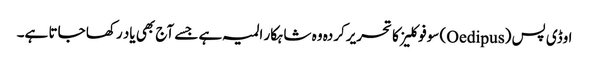
اوڈی پس (Oedipus) سوفوکلیز کا تحریرکردہ وہ شاہکار المیہ ہے جسے آج بھی یاد رکھا جاتا ہے۔